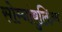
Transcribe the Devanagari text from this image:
सोम्नांबुलिज़्म